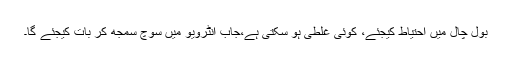
بول چال میں احتیاط کیجئے، کوئی غلطی ہو سکتی ہے،جاب انٹرویو میں سوچ سمجھ کر بات کیجئے گا۔